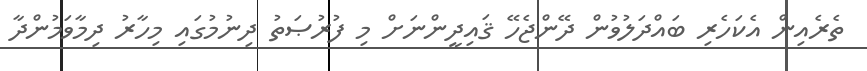
ތެރެއިން އެކަހެރި ބައްދަލުވުން ދޭންޖެހޭ ޤައިދީންނަށް މި ފުރުޞަތު ދިނުމުގައި މިހާރު ދިމާވަމުންދާ